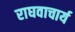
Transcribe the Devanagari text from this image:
राघवाचार्य